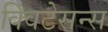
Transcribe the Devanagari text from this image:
क्विटेसन्स